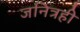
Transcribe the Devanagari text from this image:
जनित्रही